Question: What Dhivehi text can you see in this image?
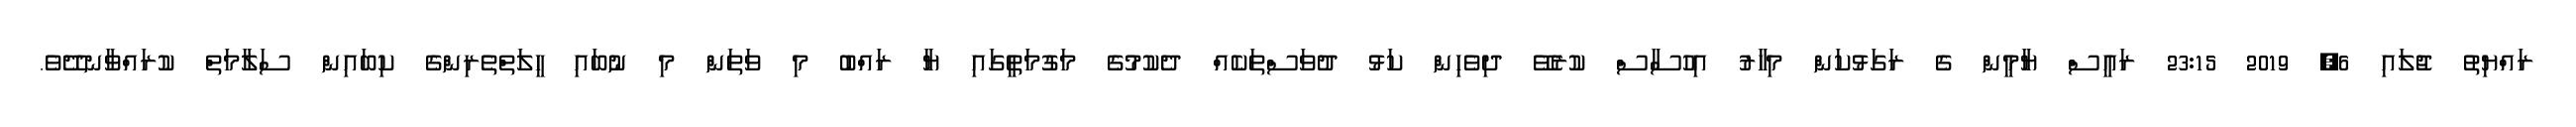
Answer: ޜައްޔިތު ޖުލައި 6, 2019 23:15 ރައީސް ޔާމީން ގެ ރަގަޅުކަން މިހާރު އިހުސާސް ކުރެވޭ ދިވެހިން ކަޅު ދުވަސްތަކެއް ދެކުމުގެ މަގުމަތީގައި ޔާ ރައްބު މި ވަތަން މި ނުބައި ހީލަތްތެރިންގެ ކިބައިން ސަލާމަތް ކުރައްވާނދޭވެ.